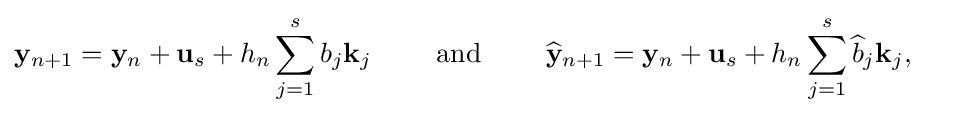
\mathbf {y} _{n+1}=\mathbf {y} _{n}+\mathbf {u} _{s}+h_{n}\sum _{j=1}^{s}b_{j}\mathbf {k} _{j}\qquad {\text{ and }}\qquad {\widehat {\mathbf {y} }}_{n+1}=\mathbf {y} _{n}+\mathbf {u} _{s}+h_{n}\sum _{j=1}^{s}{\widehat {b}}_{j}\mathbf {k} _{j},\quad